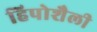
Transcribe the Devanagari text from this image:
हिपोशैली